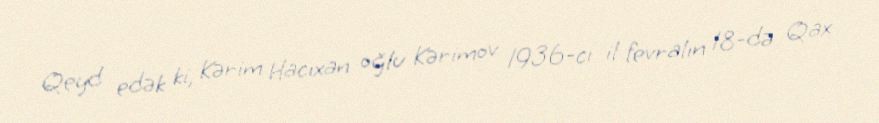
Qeyd edək ki, Kərim Hacıxan oğlu Kərimov 1936-cı il fevralın 18-də Qax